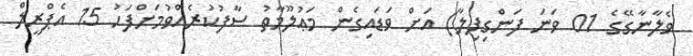
ވެލާނާގޭގެ 01 ވަނަ ފަންގިފިލާ) އަށް ވަޑައިގެން މަޢުލޫމާތު ސާފުކުރެއްވުމަށްފަހު 15 އެޕްރީލް